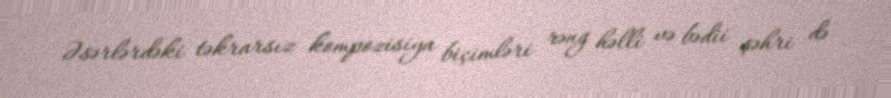
Əsərlərdəki təkrarsız kompozisiya biçimləri rəng həlli və bədii şəhri də